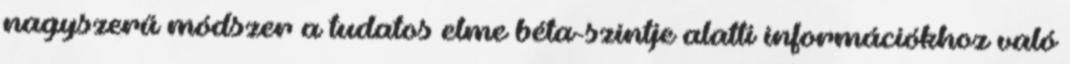
nagyszerű módszer a tudatos elme béta-szintje alatti információkhoz való